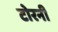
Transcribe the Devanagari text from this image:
टोरनी